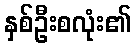
နှစ်ဦးစလုံး၏